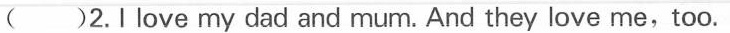
()2.I love my dad and mum. And they love me,too.